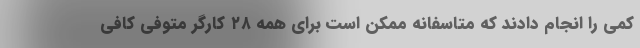
کمی را انجام دادند که متاسفانه ممکن است برای همه ۲۸ کارگر متوفی کافی